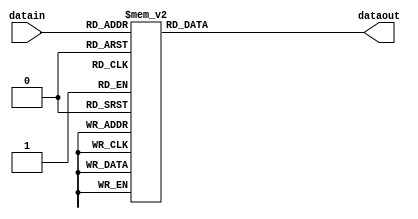
`timescale 1ns / 1ps
//////////////////////////////////////////////////////////////////////////////////
// Company: 
// Engineer: 
// 
// Design Name: 
// Module Name: sbox
// Project Name: 
// Target Devices: 
// Tool Versions: 
// Description: 
// 
// Dependencies: 
// 
// Revision:
// Revision 0.01 - File Created
// Additional Comments:
// 
//////////////////////////////////////////////////////////////////////////////////


module sbox(
    input [3:0] datain,
    output reg [3:0] dataout
    );
    always @(datain)
      case(datain)
          4'h0 : dataout = 4'hC;
          4'h1 : dataout = 4'h5;
          4'h2 : dataout = 4'h6;
          4'h3 : dataout = 4'hB;
          4'h4 : dataout = 4'h9;
          4'h5 : dataout = 4'h0;
          4'h6 : dataout = 4'hA;
          4'h7 : dataout = 4'hD;
          4'h8 : dataout = 4'h3;
          4'h9 : dataout = 4'hE;
          4'hA : dataout = 4'hF;
          4'hB : dataout = 4'h8;
          4'hC : dataout = 4'h4;
          4'hD : dataout = 4'h7;
          4'hE : dataout = 4'h1;
          4'hF : dataout = 4'h2;
      endcase
endmodule